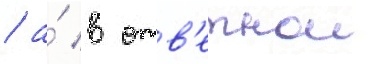
/ а́ в отв'етнои